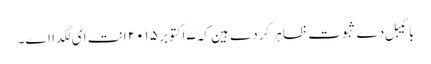
بائیبل دے ثبوت ظاہر کردے ہین کہ ۷اکتوبر ۲۰۱۵ انت ای لگدا اے۔